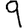
Digit: 9